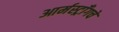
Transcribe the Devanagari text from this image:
आर्मस्ट्राँगचे